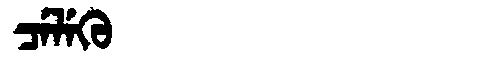
Manchu: ᠴᡝᠯᡝᡴᡠ
Romanization: CELEKU